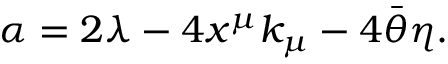
\alpha = 2 \lambda - 4 x ^ { \mu } k _ { \mu } - 4 \bar { \theta } \eta .